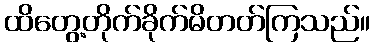
ထိတွေ့တိုက်ခိုက်မိတတ်ကြသည်။